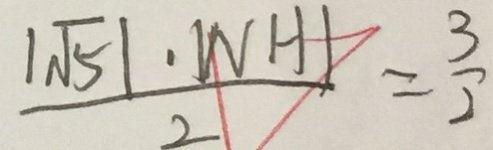
\frac { \vert \sqrt { 5 } \vert \cdot \vert N H \vert } { 2 } = \frac { 3 } { 2 }